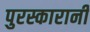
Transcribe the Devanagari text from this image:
पुरस्कारानी